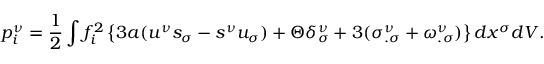
p _ { i } ^ { \nu } = \frac { 1 } { 2 } \int f _ { i } ^ { 2 } \left\{ 3 a ( u ^ { \nu } s _ { \sigma } - s ^ { \nu } u _ { \sigma } ) + \Theta \delta _ { \sigma } ^ { \nu } + 3 ( \sigma _ { . \sigma } ^ { \nu } + \omega _ { . \sigma } ^ { \nu } ) \right\} d x ^ { \sigma } d V .